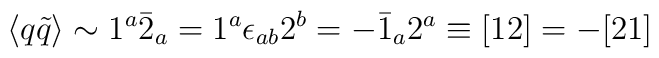
\langle q\tilde q \rangle \sim  1^a \bar 2_a = 1^a \epsilon_{ab}2^b = -\bar 1_a 2^a \equiv [12] = -[21]